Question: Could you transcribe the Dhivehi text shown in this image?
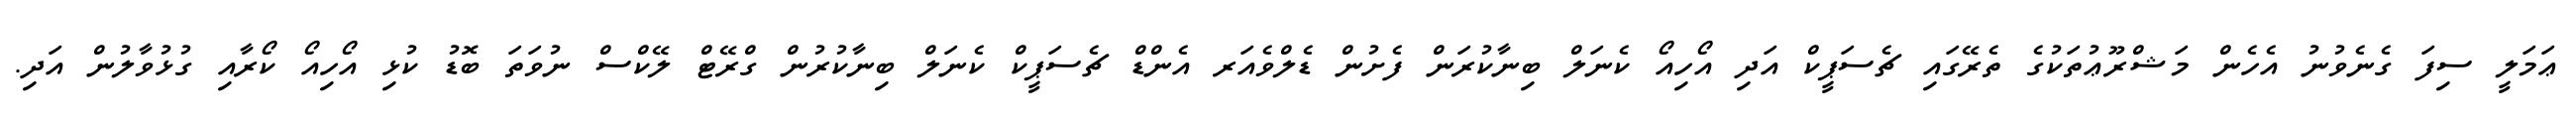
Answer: ޢަމަލީ ސިފަ ގެނެވުނު އެހެން މަޝްރޫޢުތަކުގެ ތެރޭގައި ޗެސަޕީކް އަދި އޯހިއޯ ކެނަލް ބިނާކުރަން ފެށުން ޑެލްވެއަރ އެންޑް ޗެސަޕީކް ކެނަލް ބިނާކުރުން ގްރޭޓް ލޭކްސް ނުވަތަ ބޮޑު ކުޅި އޯހިއޯ ކޯރާއި ގުޅުވާލުން އަދި.